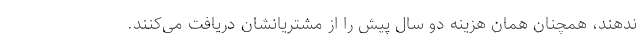
ندهند، همچنان همان هزینه دو سال پیش را از مشتریانشان دریافت می‌کنند.